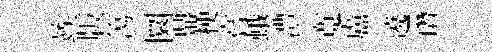
竢版簜圜鼎梗嘗蛾澧寬盧遶瓚